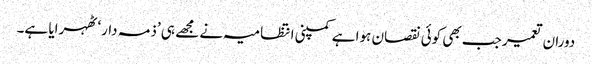
دوران تعمیر جب بھی کوئی نقصان ہوا ہے کمپنی انتظامیہ نے مجھے ہی ’ذمہ دار‘ ٹھہرایا ہے۔